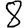
Digit: 8